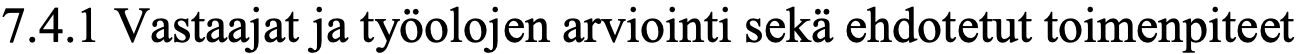
7.4.1 Vastaajat ja työolojen arviointi sekä ehdotetut toimenpiteet